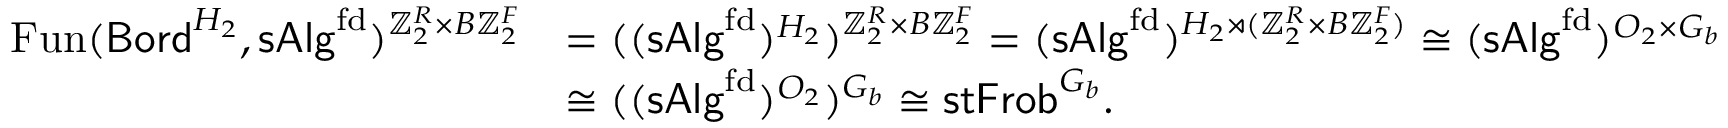
\begin{array} { r l } { \operatorname { F u n } ( { \mathsf { B o r d } } ^ { H _ { 2 } } , { \mathsf { s A l g } } ^ { \mathrm { f d } } ) ^ { \mathbb { Z } _ { 2 } ^ { R } \times B \mathbb { Z } _ { 2 } ^ { F } } } & { = ( ( { \mathsf { s A l g } } ^ { \mathrm { f d } } ) ^ { H _ { 2 } } ) ^ { \mathbb { Z } _ { 2 } ^ { R } \times B \mathbb { Z } _ { 2 } ^ { F } } = ( { \mathsf { s A l g } } ^ { \mathrm { f d } } ) ^ { H _ { 2 } \rtimes ( \mathbb { Z } _ { 2 } ^ { R } \times B \mathbb { Z } _ { 2 } ^ { F } ) } \cong ( { \mathsf { s A l g } } ^ { \mathrm { f d } } ) ^ { O _ { 2 } \times G _ { b } } } \\ & { \cong ( ( { \mathsf { s A l g } } ^ { \mathrm { f d } } ) ^ { O _ { 2 } } ) ^ { G _ { b } } \cong { \mathsf { s t F r o b } } ^ { G _ { b } } . } \end{array}